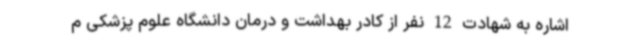
اشاره به شهادت 12 نفر از کادر بهداشت و درمان دانشگاه علوم پزشکی م